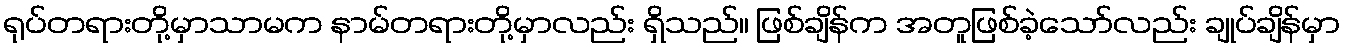
ရုပ်တရားတို့မှာသာမက နာမ်တရားတို့မှာလည်း ရှိသည်။ ဖြစ်ချိန်က အတူဖြစ်ခဲ့သော်လည်း ချုပ်ချိန်မှာ